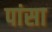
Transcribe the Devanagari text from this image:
पांसा